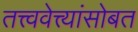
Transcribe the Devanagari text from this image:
तत्त्ववेत्त्यांसोबत